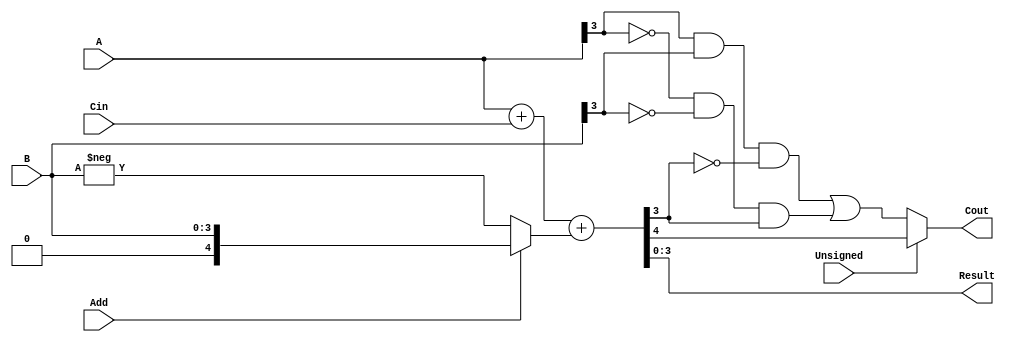
module nBitUnsignedAddSubber(A, B, Add, Cin, Unsigned, Result, Cout);
    parameter n = 4;
    input[n - 1 : 0] A, B;
    input Add, Cin, Unsigned;
    output[n - 1 : 0] Result;
    output Cout;
    wire [n : 0] res;
    assign res = A + Cin + (Add ? B : (-B));
    assign Result = res[n - 1 : 0];
    assign Cout = Unsigned ? (res[n]) : ((A[n - 1] & B[n - 1] & (~res[n - 1]))|((~A[n - 1]) & (~B[n - 1]) & res[n - 1]));
endmodule